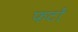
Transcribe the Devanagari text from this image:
फटों